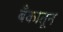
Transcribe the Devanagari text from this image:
बँकातून